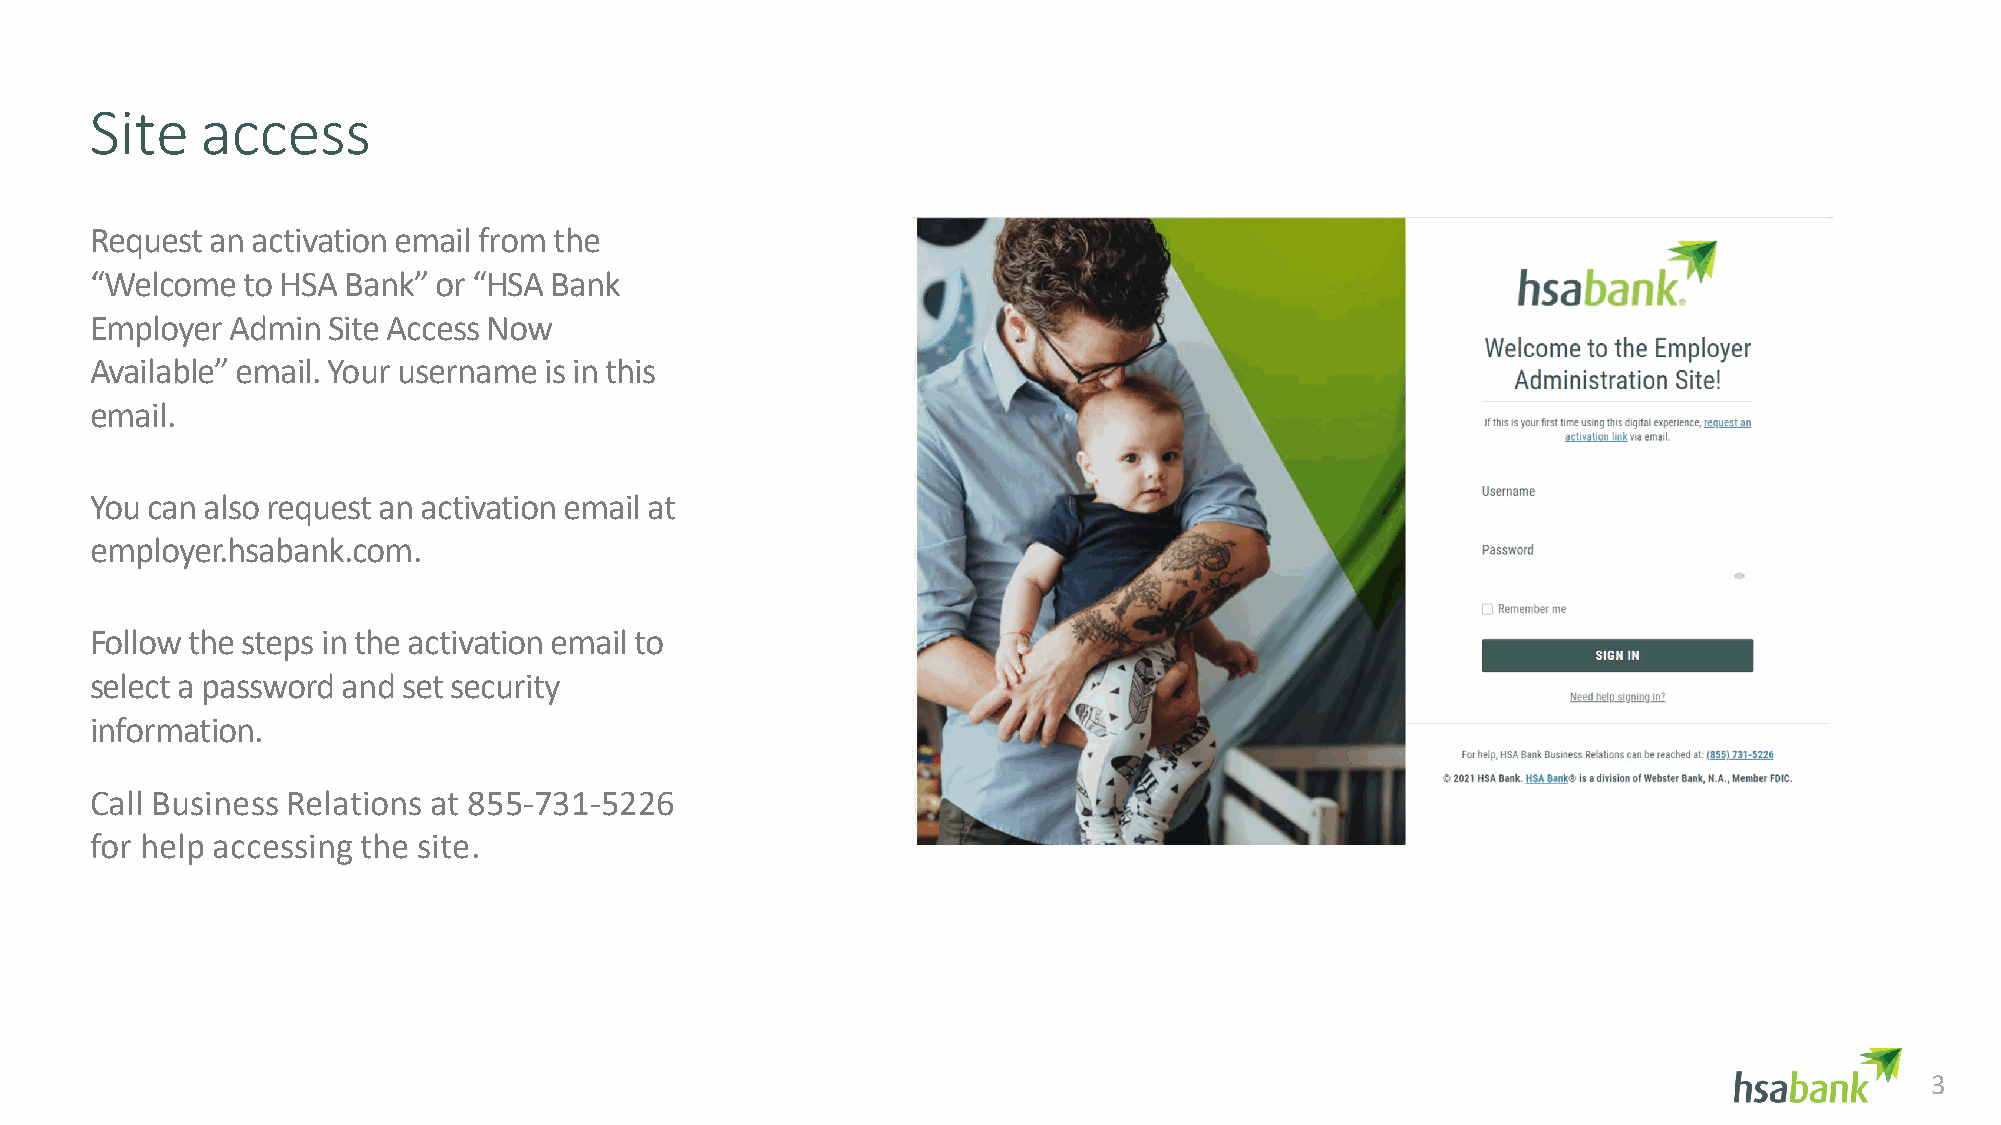
Site   access
 Request an activation email from the
 “Welcome  to HSA Bank” or “HSA Bank
 Employer Admin  Site Access Now
 Available” email. Your username is in this
 email.
 You can also request an activation email at
 employer.hsabank.com.
 Follow the steps in the activation email to
 select a password and set security
 information.
 Call Business Relations at 855-731-5226
 for help accessing the site.
 3